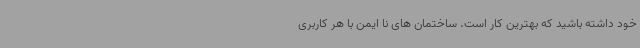
خود داشته باشید که بهترین کار است. ساختمان های نا ایمن با هر کاربری